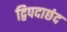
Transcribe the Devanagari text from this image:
द्विपदाछंद